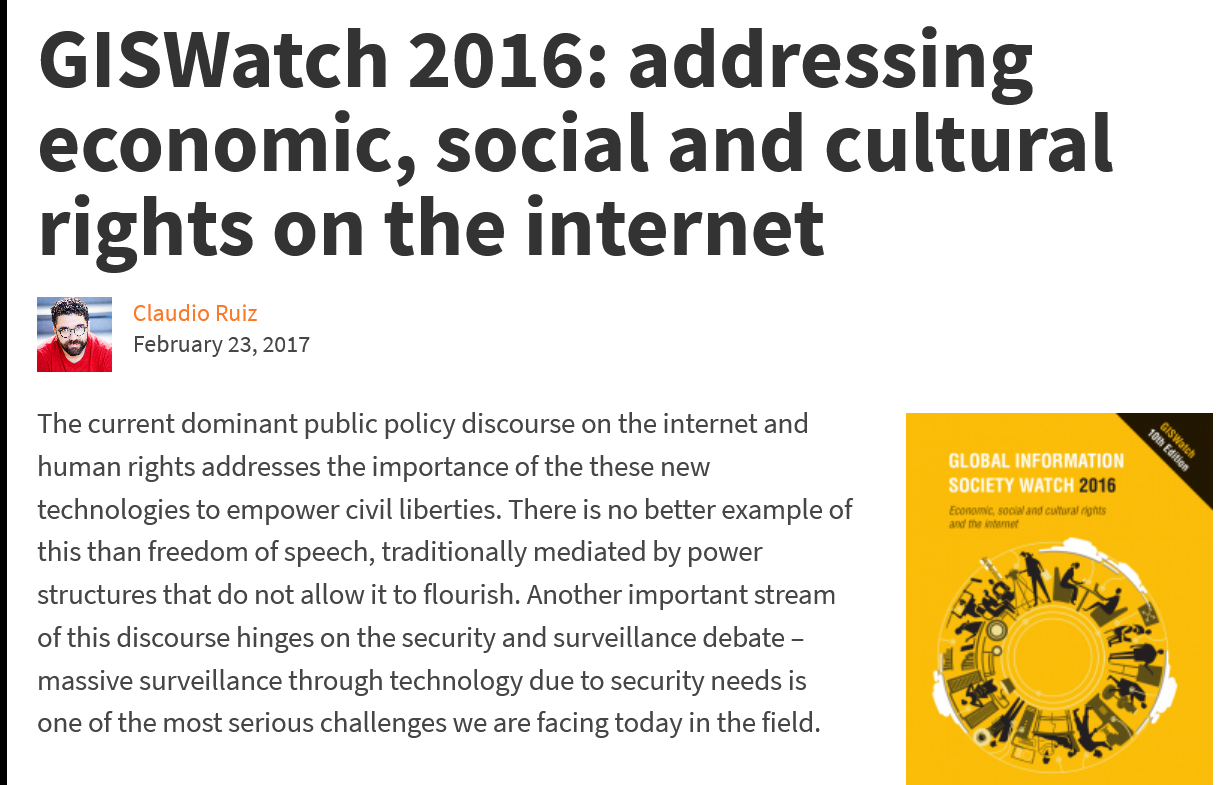
GISWatch    2016:    addressing
   economic,    social    and    cultural
    rights    on    the    internet
   The current dominant public policy discourse on the internet and
   human rights addresses the importance of the these new
   technologies to empower civil liberties. There is no better example of
   this than freedom of speech, traditionally mediated by power
   structures that do not allow it to flourish. Another important stream
   of this discourse hinges on the security and surveillance debate
     -
   massive surveillance through technology due to security needs is
   one of the most serious challenges we are facing today in the field.
     ‘Qi os
     February 23, 2017
     Claudio Ruiz